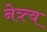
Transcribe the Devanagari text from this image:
नेत्र्त्व